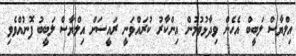
އިލްޔާސް ލަބީބް އެހެން ވިދާޅުވުމުން އިންކާރު ކުރައްވަނީ ރައީސަށް އިލްޔާސް ލަބީބު ފޮނުއްވެވި